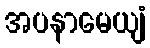
အပနာမေယျံ